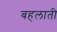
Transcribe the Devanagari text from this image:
बहलाती